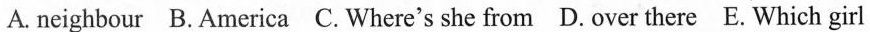
A. neighbour B.America C. Where's she from D. Over there E. Which girl